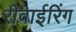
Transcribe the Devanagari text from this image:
रीवाईरिंग